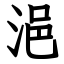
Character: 浥